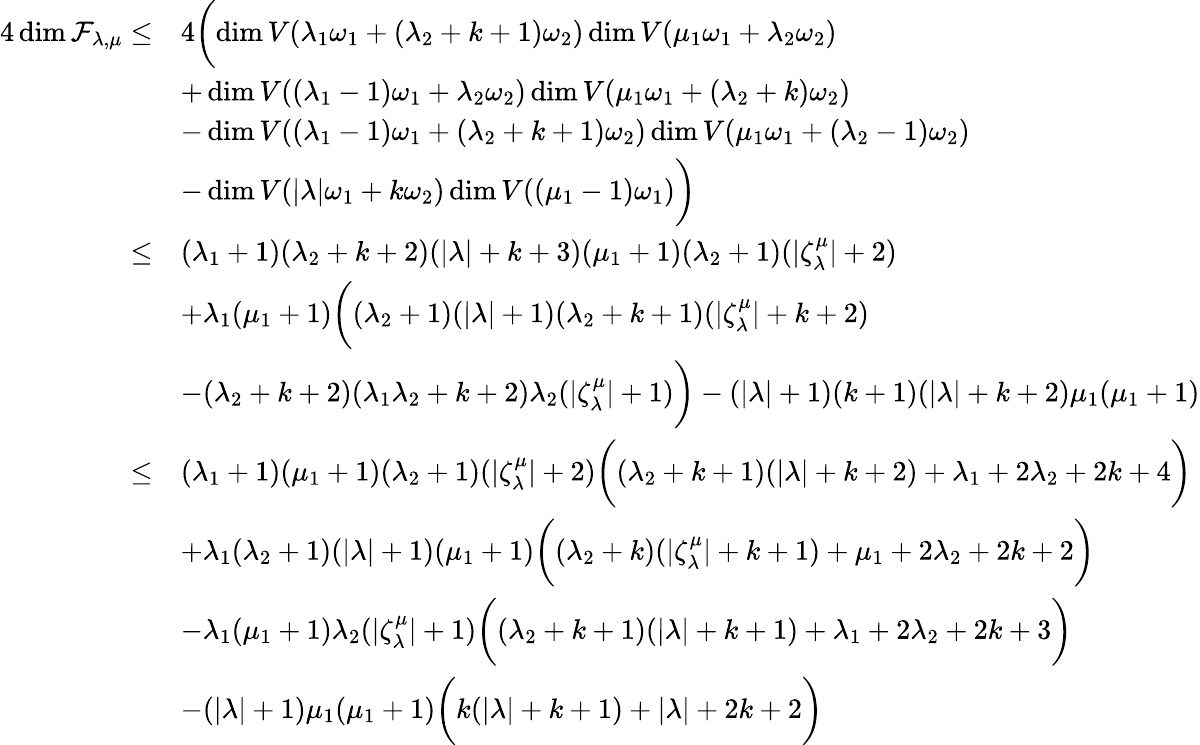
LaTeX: \begin{array}{rl}{4\dim\mathcal F_{\lambda,\mu}\leq}&{4\biggl(\dim V(\lambda_{1}\omega_{1}+(\lambda_{2}+k+1)\omega_{2})\dim V(\mu_{1}\omega_{1}+\lambda_{2}\omega_{2})}\\ &{+\dim V((\lambda_{1}-1)\omega_{1}+\lambda_{2}\omega_{2})\dim V(\mu_{1}\omega_{1}+(\lambda_{2}+k)\omega_{2})}\\ &{-\dim V((\lambda_{1}-1)\omega_{1}+(\lambda_{2}+k+1)\omega_{2})\dim V(\mu_{1}\omega_{1}+(\lambda_{2}-1)\omega_{2})}\\ &{-\dim V(|\lambda|\omega_{1}+k\omega_{2})\dim V((\mu_{1}-1)\omega_{1})\biggr)}\\ {\leq}&{(\lambda_{1}+1)(\lambda_{2}+k+2)(|\lambda|+k+3)(\mu_{1}+1)(\lambda_{2}+1)(|\zeta_{\lambda}^{\mu}|+2)}\\ &{+\lambda_{1}(\mu_{1}+1)\biggl((\lambda_{2}+1)(|\lambda|+1)(\lambda_{2}+k+1)(|\zeta_{\lambda}^{\mu}|+k+2)}\\ &{-(\lambda_{2}+k+2)(\lambda_{1}\lambda_{2}+k+2)\lambda_{2}(|\zeta_{\lambda}^{\mu}|+1)\biggr)-(|\lambda|+1)(k+1)(|\lambda|+k+2)\mu_{1}(\mu_{1}+1)}\\ {\leq}&{(\lambda_{1}+1)(\mu_{1}+1)(\lambda_{2}+1)(|\zeta_{\lambda}^{\mu}|+2)\biggl((\lambda_{2}+k+1)(|\lambda|+k+2)+\lambda_{1}+2\lambda_{2}+2k+4\biggr)}\\ &{+\lambda_{1}(\lambda_{2}+1)(|\lambda|+1)(\mu_{1}+1)\biggl((\lambda_{2}+k)(|\zeta_{\lambda}^{\mu}|+k+1)+\mu_{1}+2\lambda_{2}+2k+2\biggr)}\\ &{-\lambda_{1}(\mu_{1}+1)\lambda_{2}(|\zeta_{\lambda}^{\mu}|+1)\biggl((\lambda_{2}+k+1)(|\lambda|+k+1)+\lambda_{1}+2\lambda_{2}+2k+3\biggr)}\\ &{-(|\lambda|+1)\mu_{1}(\mu_{1}+1)\biggl(k(|\lambda|+k+1)+|\lambda|+2k+2\biggr)}\end{array}